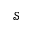
\mathcal { S }